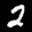
Label: 2